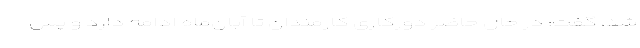
شد، گفت: در حال حاضر دورکاری کارمندان تا آبان‌ماه ادامه دارد و پس